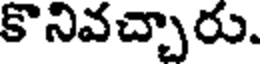
కొనివచ్చారు.